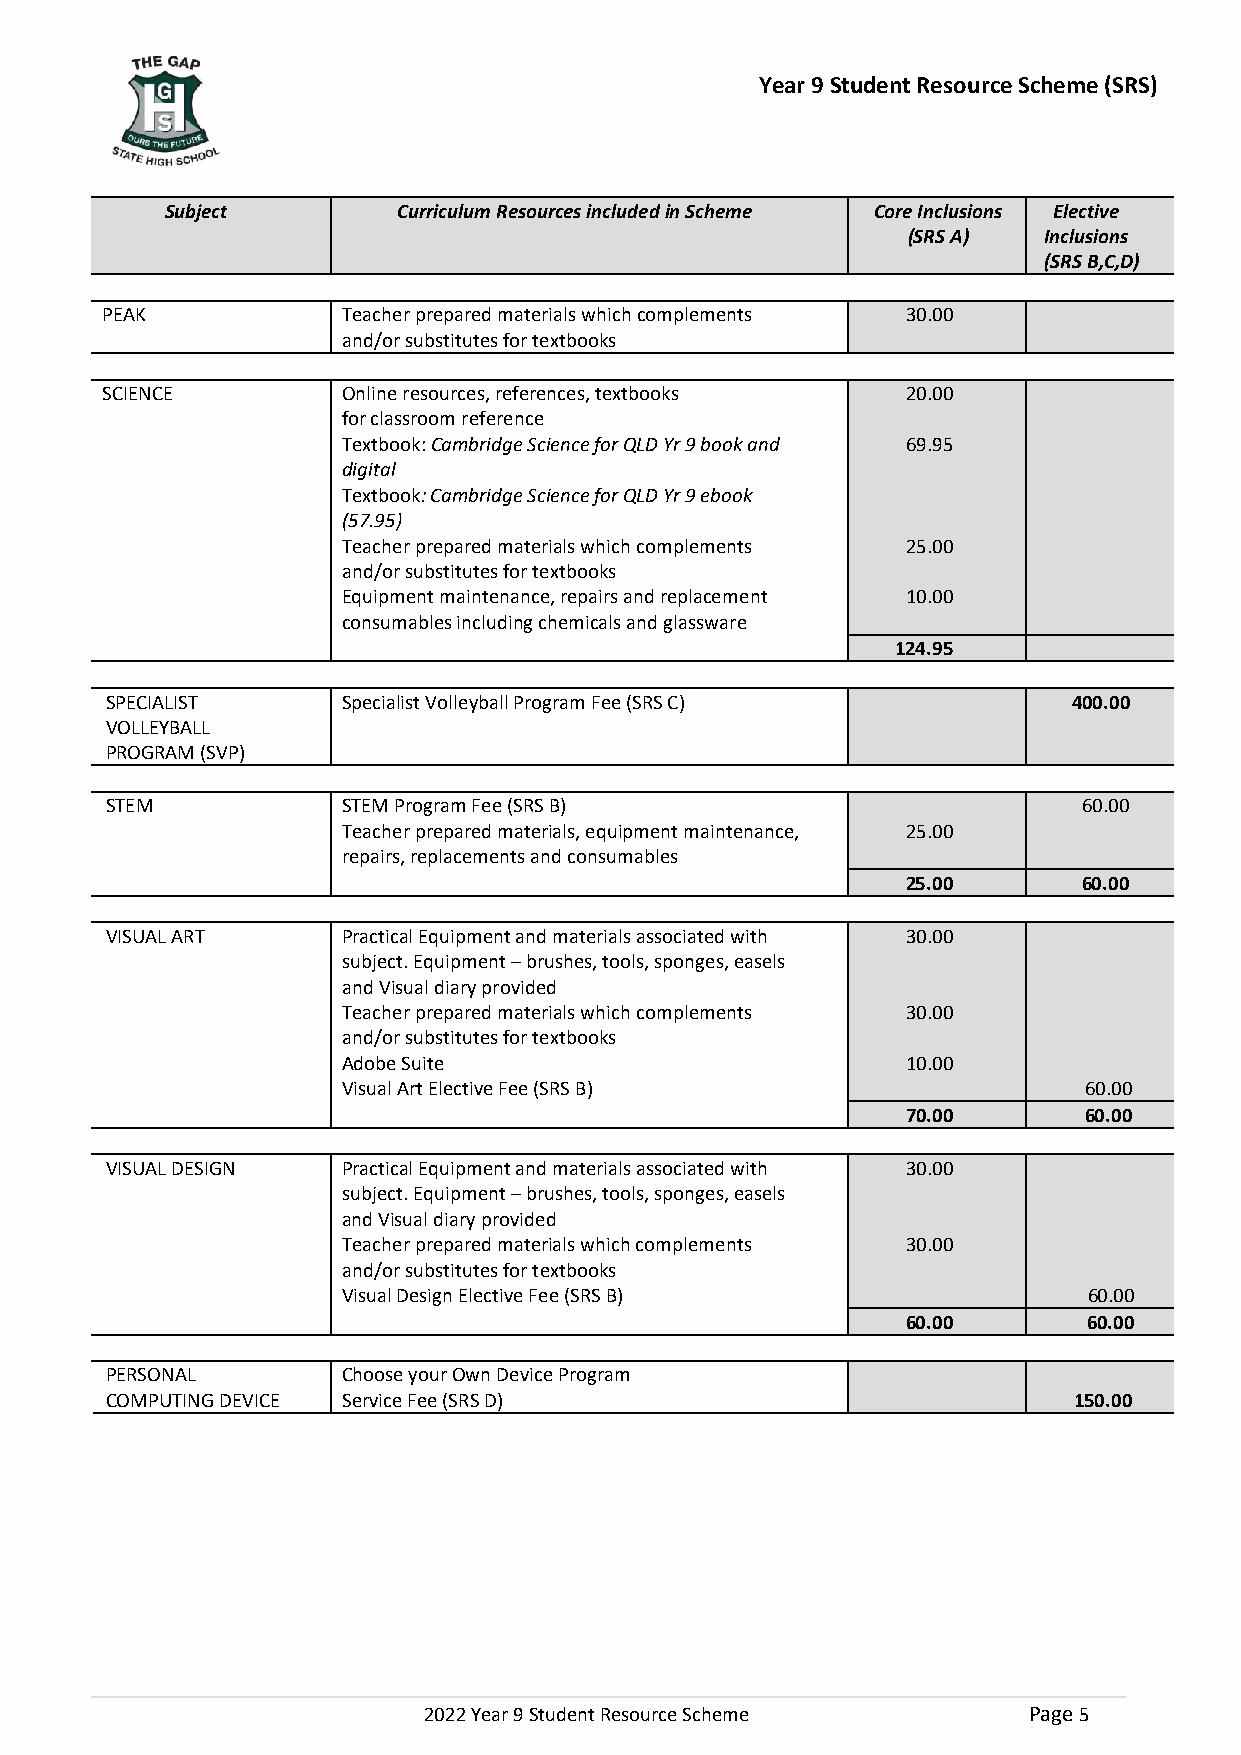
Year 9 Student Resource Scheme (SRS)
 Subject        Curriculum Resources included in Scheme Core Inclusions Elective
 (SRS A)  Inclusions
 (SRS B,C,D)
 PEAK            Teacher prepared materials which complements 30.00
 and/or substitutes for textbooks
 SCIENCE         Online resources, references, textbooks 20.00
 for classroom reference
 Textbook: Cambridge Science for QLD Yr 9 book and 69.95
 digital
 Textbook: Cambridge Science for QLD Yr 9 ebook
 (57.95)
 Teacher prepared materials which complements 25.00
 and/or substitutes for textbooks
 Equipment maintenance, repairs and replacement 10.00
 consumables including chemicals and glassware
 124.95
 SPECIALIST      Specialist Volleyball Program Fee (SRS C)       400.00
 VOLLEYBALL
 PROGRAM (SVP)
 STEM            STEM Program Fee (SRS B)                         60.00
 Teacher prepared materials, equipment maintenance, 25.00
 repairs, replacements and consumables
 25.00       60.00
 VISUAL ART      Practical Equipment and materials associated with 30.00
 subject. Equipment – brushes, tools, sponges, easels
 and Visual diary provided
 Teacher prepared materials which complements 30.00
 and/or substitutes for textbooks
 Adobe Suite                          10.00
 Visual Art Elective Fee (SRS B)                  60.00
 70.00       60.00
 VISUAL DESIGN   Practical Equipment and materials associated with 30.00
 subject. Equipment – brushes, tools, sponges, easels
 and Visual diary provided
 Teacher prepared materials which complements 30.00
 and/or substitutes for textbooks
 Visual Design Elective Fee (SRS B)               60.00
 60.00       60.00
 PERSONAL        Choose your Own Device Program
 COMPUTING DEVICE Service Fee (SRS D)                            150.00
 2022 Year 9 Student Resource Scheme     Page 5